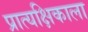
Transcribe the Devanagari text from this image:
प्रात्यक्षिकाला